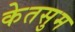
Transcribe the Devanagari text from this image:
केतसुम